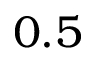
0 . 5